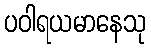
ပဝါရယမာနေသု